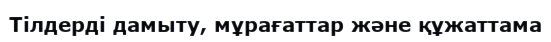
Тілдерді дамыту, мұрағаттар және құжаттама